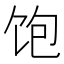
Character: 饱